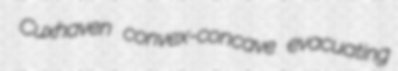
Cuxhaven convex-concave evacuating